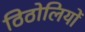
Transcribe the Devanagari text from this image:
ठिठोलियों